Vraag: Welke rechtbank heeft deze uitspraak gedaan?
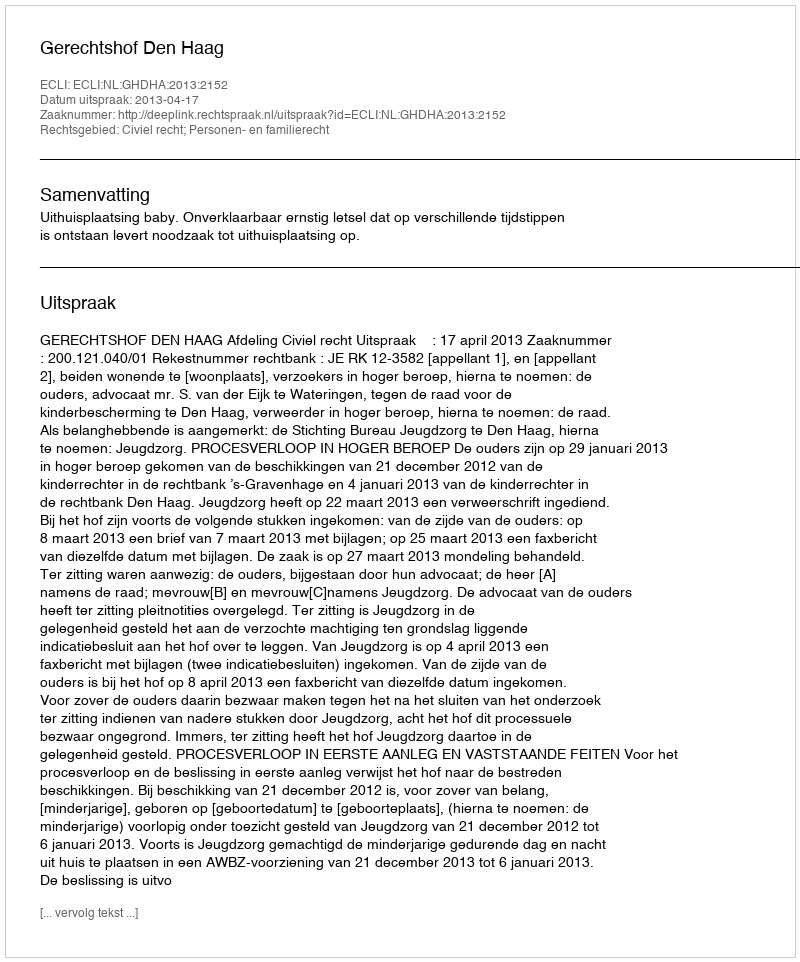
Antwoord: Gerechtshof Den Haag